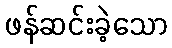
ဖန်ဆင်းခဲ့သော